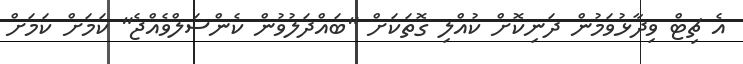
އެ ޗިޓް ވިދާޅުވަމުން ދަނިކޮށް ކުއްލި ގޮތަކަށް "ބައްދަލުވުން ކެންސަލްވެއްޖެ" ކަމަށް ކަމަށް